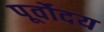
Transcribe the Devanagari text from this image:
पूर्वोदय